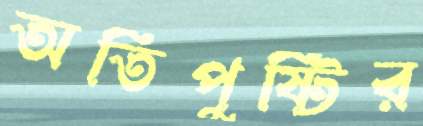
অতিপুষ্টির